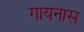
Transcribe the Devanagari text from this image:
गायनास